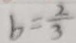
b = \frac { 2 } { 3 }